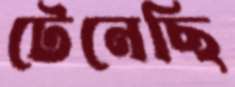
টেনেছি